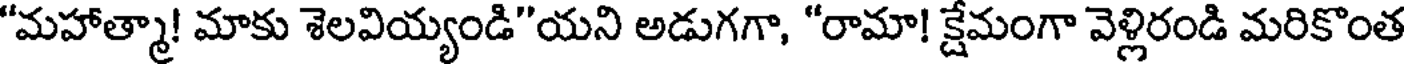
"మహాత్మా! మాకు శెలవియ్యండి"యని అడుగగా, "రామా! క్షేమంగా వెళ్లిరండి మరికొంత